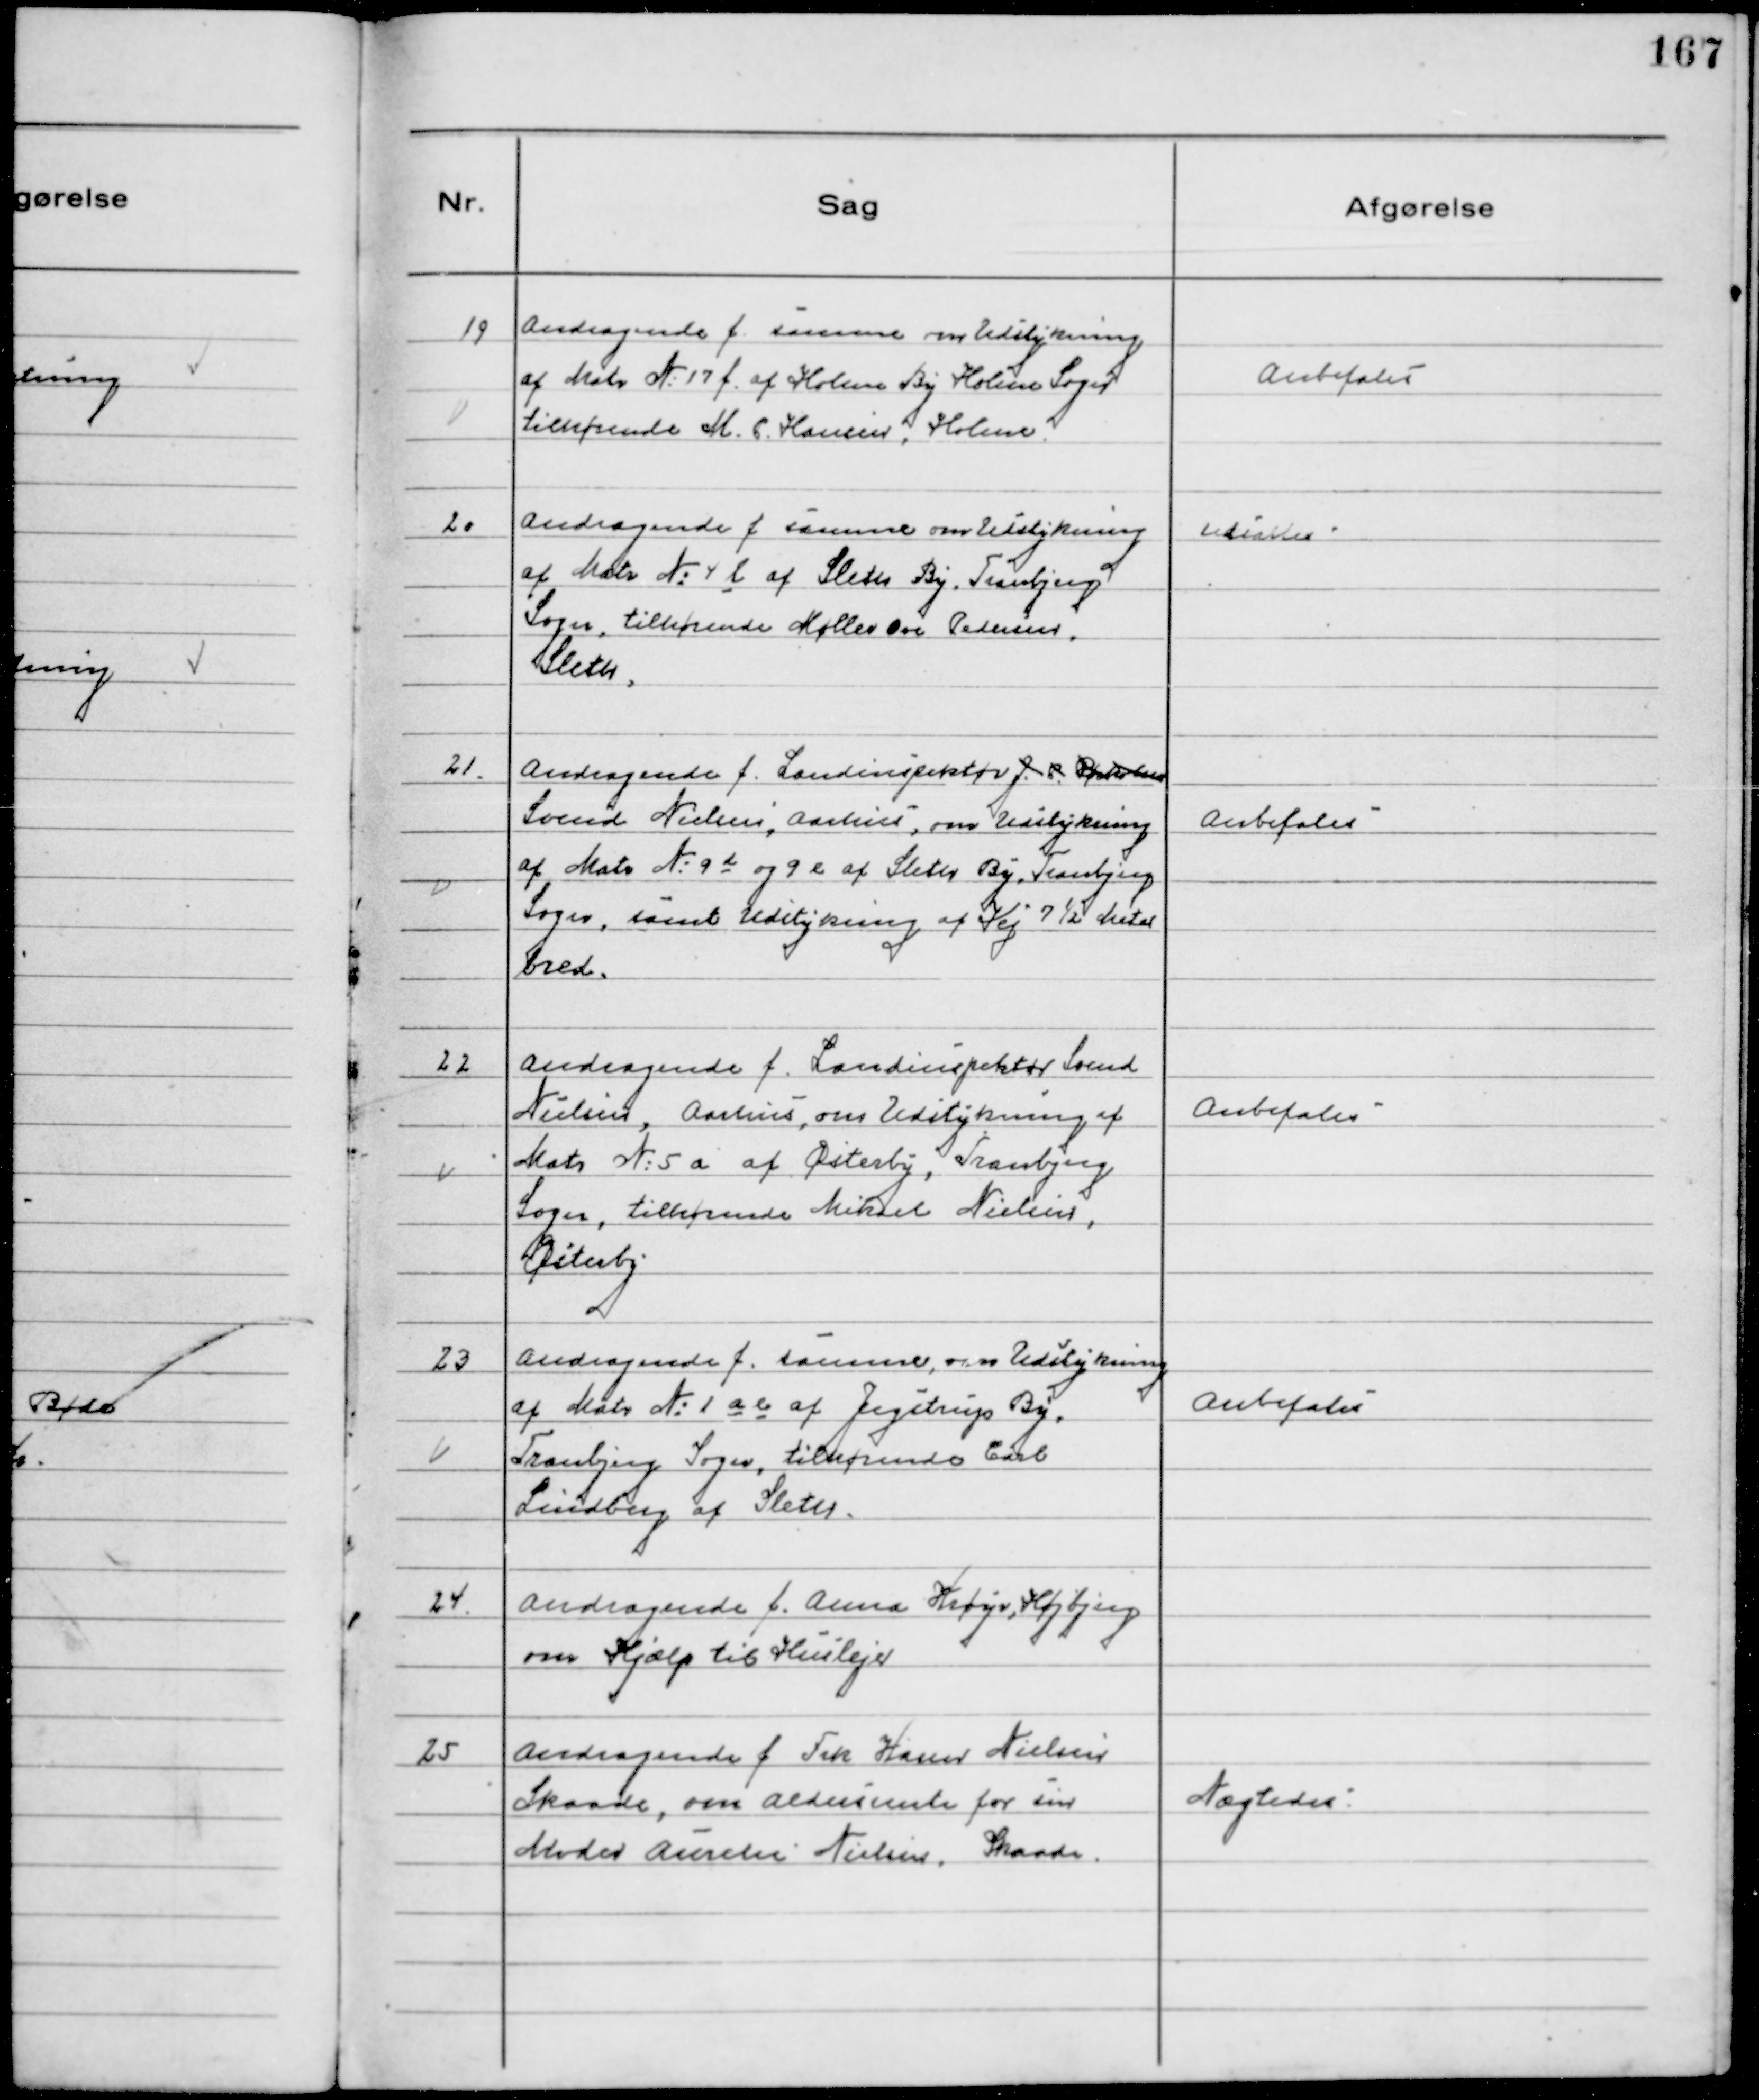
Transskription:
19
Andragende f samme om Udstykning
af Matr №17 f af Holme By Holme Sogn
tilhørende M.C. Hansen, Holme.

Anbefales

20
Andragende f samme om Udstykning
af Matr №4 l af Sleth By, Tranbjerg
Sogn, tilhørende Møller Ove Pedersen,
Sleth,

Udsattes

21.
Andragende f. Landinspektør J. P. Rørholm
Svend Nielsen, Aarhus, om Udstykning
af Matr № 9 d og 9 e af Sleth By, Tranbjerg
Sogn, samt Udstykning  af Vej 7½ Meter
bred.

Anbefales

22
Andragende f. Landinspektør Svend
Nielsen, Aarhus, om Udstykning af
Matr № 5 a af Østerby, Tranbjerg
Sogn, tilhørende Mikael Nielsen,
Østerby

Anbefales

23
Andragende f. samme, om Udstykning
af Matr № 1 a b af Jegstrup By,
Tranbjerg Sogn, tilhørende Carl
Lindberg af Sleth.

Anbefales

24.
Andragende f. Anna Krøyer, Højbjerg
om Hjælp til Husleje

25
Andragende f Frk Karen Nielsen
Skaade, om Aldersrente for sin
Moder Aurelie Nielsen, Skaade.

Nægtedes